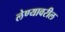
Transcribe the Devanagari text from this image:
लेण्यावरील